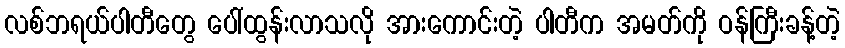
လစ်ဘရယ်ပါတီတွေ ပေါ်ထွန်းလာသလို အားကောင်းတဲ့ ပါတီက အမတ်ကို ဝန်ကြီးခန့်တဲ့